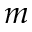
m